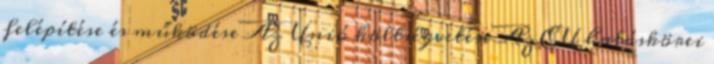
felépítése és működése Az Unió költségvetése Az EU hatáskörei